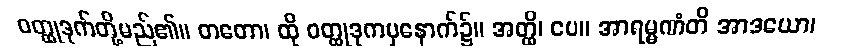
ဝတ္ထုဒုက်တို့မည်၏။ တတော၊ ထို ဝတ္ထုဒုကမှနောက်၌။ အတ္ထိ၊ ပေ။ အာရမ္မဏံတိ အာဒယော၊